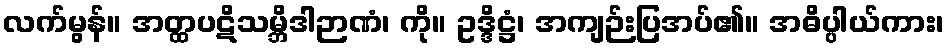
လက်မွန်။ အတ္ထပဋိသမ္ဘိဒါဉာဏံ၊ ကို။ ဥဒ္ဒိဋ္ဌံ၊ အကျဉ်းပြအပ်၏။ အဓိပ္ပါယ်ကား၊